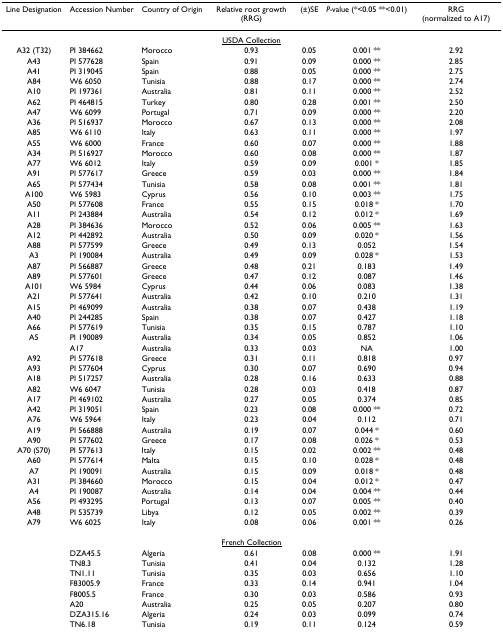
<table><thead><tr><td><b>Line Designation</b></td><td><b>Accession Number</b></td><td><b>Country of Origin</b></td><td><b>Relative root growth (RRG)</b></td><td><b>(±)SE</b></td><td><b><i>P-</i>value (*&lt;0.05 **&lt;0.01)</b></td><td><b>RRG (normalized to A17)</b></td></tr></thead><tbody><tr><td colspan="7"><underline>USDA Collection</underline></td></tr><tr><td>A32 (T32)</td><td>PI 384662</td><td>Morocco</td><td>0.93</td><td>0.05</td><td>0.001 **</td><td>2.92</td></tr><tr><td>A43</td><td>PI 577628</td><td>Spain</td><td>0.91</td><td>0.09</td><td>0.000 **</td><td>2.85</td></tr><tr><td>A41</td><td>PI 319045</td><td>Spain</td><td>0.88</td><td>0.05</td><td>0.000 **</td><td>2.75</td></tr><tr><td>A84</td><td>W6 6050</td><td>Tunisia</td><td>0.88</td><td>0.17</td><td>0.000 **</td><td>2.74</td></tr><tr><td>A10</td><td>PI 197361</td><td>Australia</td><td>0.81</td><td>0.11</td><td>0.000 **</td><td>2.52</td></tr><tr><td>A62</td><td>PI 464815</td><td>Turkey</td><td>0.80</td><td>0.28</td><td>0.001 **</td><td>2.50</td></tr><tr><td>A47</td><td>W6 6099</td><td>Portugal</td><td>0.71</td><td>0.09</td><td>0.000 **</td><td>2.20</td></tr><tr><td>A36</td><td>PI 516937</td><td>Morocco</td><td>0.67</td><td>0.13</td><td>0.000 **</td><td>2.08</td></tr><tr><td>A85</td><td>W6 6110</td><td>Italy</td><td>0.63</td><td>0.11</td><td>0.000 **</td><td>1.97</td></tr><tr><td>A55</td><td>W6 6000</td><td>France</td><td>0.60</td><td>0.07</td><td>0.000 **</td><td>1.88</td></tr><tr><td>A34</td><td>PI 516927</td><td>Morocco</td><td>0.60</td><td>0.08</td><td>0.000 **</td><td>1.87</td></tr><tr><td>A77</td><td>W6 6012</td><td>Italy</td><td>0.59</td><td>0.09</td><td>0.001 *</td><td>1.85</td></tr><tr><td>A91</td><td>PI 577617</td><td>Greece</td><td>0.59</td><td>0.03</td><td>0.000 **</td><td>1.84</td></tr><tr><td>A65</td><td>PI 577434</td><td>Tunisia</td><td>0.58</td><td>0.08</td><td>0.001 **</td><td>1.81</td></tr><tr><td>A100</td><td>W6 5983</td><td>Cyprus</td><td>0.56</td><td>0.10</td><td>0.003 **</td><td>1.75</td></tr><tr><td>A50</td><td>PI 577608</td><td>France</td><td>0.55</td><td>0.15</td><td>0.018 *</td><td>1.70</td></tr><tr><td>A11</td><td>PI 243884</td><td>Australia</td><td>0.54</td><td>0.12</td><td>0.012 *</td><td>1.69</td></tr><tr><td>A28</td><td>PI 384636</td><td>Morocco</td><td>0.52</td><td>0.06</td><td>0.005 **</td><td>1.63</td></tr><tr><td>A12</td><td>PI 442892</td><td>Australia</td><td>0.50</td><td>0.09</td><td>0.020 *</td><td>1.56</td></tr><tr><td>A88</td><td>PI 577599</td><td>Greece</td><td>0.49</td><td>0.13</td><td>0.052</td><td>1.54</td></tr><tr><td>A3</td><td>PI 190084</td><td>Australia</td><td>0.49</td><td>0.09</td><td>0.028 *</td><td>1.53</td></tr><tr><td>A87</td><td>PI 566887</td><td>Greece</td><td>0.48</td><td>0.21</td><td>0.183</td><td>1.49</td></tr><tr><td>A89</td><td>PI 577601</td><td>Greece</td><td>0.47</td><td>0.12</td><td>0.087</td><td>1.46</td></tr><tr><td>A101</td><td>W6 5984</td><td>Cyprus</td><td>0.44</td><td>0.06</td><td>0.083</td><td>1.38</td></tr><tr><td>A21</td><td>PI 577641</td><td>Australia</td><td>0.42</td><td>0.10</td><td>0.210</td><td>1.31</td></tr><tr><td>A15</td><td>PI 469099</td><td>Australia</td><td>0.38</td><td>0.07</td><td>0.438</td><td>1.19</td></tr><tr><td>A40</td><td>PI 244285</td><td>Spain</td><td>0.38</td><td>0.07</td><td>0.427</td><td>1.18</td></tr><tr><td>A66</td><td>PI 577619</td><td>Tunisia</td><td>0.35</td><td>0.15</td><td>0.787</td><td>1.10</td></tr><tr><td>A5</td><td>PI 190089</td><td>Australia</td><td>0.34</td><td>0.05</td><td>0.852</td><td>1.06</td></tr><tr><td></td><td>A17</td><td>Australia</td><td>0.33</td><td>0.03</td><td>NA</td><td>1.00</td></tr><tr><td>A92</td><td>PI 577618</td><td>Greece</td><td>0.31</td><td>0.11</td><td>0.818</td><td>0.97</td></tr><tr><td>A93</td><td>PI 577604</td><td>Cyprus</td><td>0.30</td><td>0.07</td><td>0.690</td><td>0.94</td></tr><tr><td>A18</td><td>PI 517257</td><td>Australia</td><td>0.28</td><td>0.16</td><td>0.633</td><td>0.88</td></tr><tr><td>A82</td><td>W6 6047</td><td>Tunisia</td><td>0.28</td><td>0.03</td><td>0.418</td><td>0.87</td></tr><tr><td>A17</td><td>PI 469102</td><td>Australia</td><td>0.27</td><td>0.05</td><td>0.374</td><td>0.85</td></tr><tr><td>A42</td><td>PI 319051</td><td>Spain</td><td>0.23</td><td>0.08</td><td>0.000 **</td><td>0.72</td></tr><tr><td>A76</td><td>W6 5964</td><td>Italy</td><td>0.23</td><td>0.04</td><td>0.112</td><td>0.71</td></tr><tr><td>A19</td><td>PI 566888</td><td>Australia</td><td>0.19</td><td>0.07</td><td>0.044 *</td><td>0.60</td></tr><tr><td>A90</td><td>PI 577602</td><td>Greece</td><td>0.17</td><td>0.08</td><td>0.026 *</td><td>0.53</td></tr><tr><td>A70 (S70)</td><td>PI 577613</td><td>Italy</td><td>0.15</td><td>0.02</td><td>0.002 **</td><td>0.48</td></tr><tr><td>A60</td><td>PI 577614</td><td>Malta</td><td>0.15</td><td>0.10</td><td>0.028 *</td><td>0.48</td></tr><tr><td>A7</td><td>PI 190091</td><td>Australia</td><td>0.15</td><td>0.09</td><td>0.018 *</td><td>0.48</td></tr><tr><td>A31</td><td>PI 384660</td><td>Morocco</td><td>0.15</td><td>0.04</td><td>0.012 *</td><td>0.47</td></tr><tr><td>A4</td><td>PI 190087</td><td>Australia</td><td>0.14</td><td>0.04</td><td>0.004 **</td><td>0.44</td></tr><tr><td>A56</td><td>PI 493295</td><td>Portugal</td><td>0.13</td><td>0.07</td><td>0.005 **</td><td>0.40</td></tr><tr><td>A48</td><td>PI 535739</td><td>Libya</td><td>0.12</td><td>0.05</td><td>0.002 **</td><td>0.39</td></tr><tr><td>A79</td><td>W6 6025</td><td>Italy</td><td>0.08</td><td>0.06</td><td>0.001 **</td><td>0.26</td></tr><tr><td colspan="7"><underline>French Collection</underline></td></tr><tr><td></td><td>DZA45.5</td><td>Algeria</td><td>0.61</td><td>0.08</td><td>0.000 **</td><td>1.91</td></tr><tr><td></td><td>TN8.3</td><td>Tunisia</td><td>0.41</td><td>0.04</td><td>0.132</td><td>1.28</td></tr><tr><td></td><td>TN1.11</td><td>Tunisia</td><td>0.35</td><td>0.03</td><td>0.656</td><td>1.10</td></tr><tr><td></td><td>F83005.9</td><td>France</td><td>0.33</td><td>0.14</td><td>0.941</td><td>1.04</td></tr><tr><td></td><td>F8005.5</td><td>France</td><td>0.30</td><td>0.03</td><td>0.586</td><td>0.93</td></tr><tr><td></td><td>A20</td><td>Australia</td><td>0.25</td><td>0.05</td><td>0.207</td><td>0.80</td></tr><tr><td></td><td>DZA315.16</td><td>Algeria</td><td>0.24</td><td>0.03</td><td>0.099</td><td>0.74</td></tr><tr><td></td><td>TN6.18</td><td>Tunisia</td><td>0.19</td><td>0.11</td><td>0.124</td><td>0.59</td></tr></tbody></table>